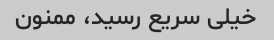
خیلی سریع رسید، ممنون